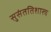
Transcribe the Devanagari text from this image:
सुसंततिशास्त्र